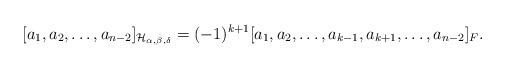
LaTeX: \begin{align*}[a_1,a_2,\ldots,a_{n-2}]_{\mathcal{H}_{\alpha,\beta,\delta}}=(-1)^{k+1}[a_1,a_2,\ldots,a_{k-1},a_{k+1},\ldots,a_{n-2}]_{F}.\end{align*}